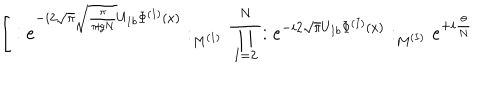
LaTeX: \Bigg [ : e ^ { - i 2 \sqrt { \pi } \sqrt { \frac { \pi } { \pi \! + \! g N } } U _ { 1 b } \Phi ^ { ( 1 ) } ( x ) } : _ { M ^ { ( 1 ) } } \; \prod _ { I = 2 } ^ { N } : e ^ { - i 2 \sqrt { \pi } U _ { I b } \Phi ^ { ( I ) } ( x ) } : _ { M ^ { ( I ) } } e ^ { + i \frac { \theta } { N } }